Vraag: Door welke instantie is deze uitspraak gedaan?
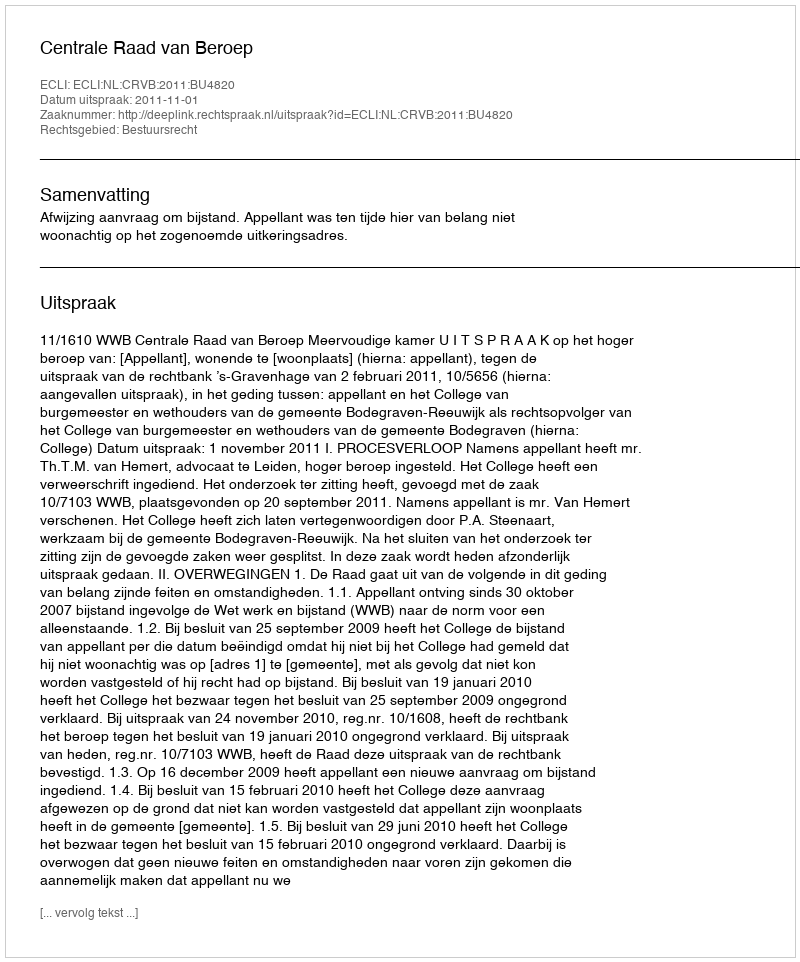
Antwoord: Centrale Raad van Beroep